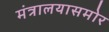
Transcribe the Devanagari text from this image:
मंत्रालयासमोर